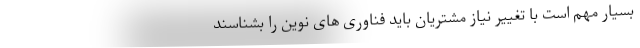
بسیار مهم است با تغییر نیاز مشتریان باید فناوری های نوین را بشناسند